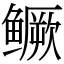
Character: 鳜